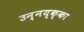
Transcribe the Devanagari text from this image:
उन्नय्क्का